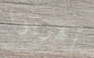
أهربوا